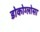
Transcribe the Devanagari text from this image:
डोकोग्लोसा